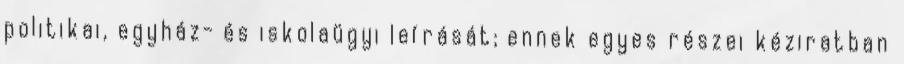
politikai, egyház- és iskolaügyi leírását; ennek egyes részei kéziratban